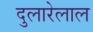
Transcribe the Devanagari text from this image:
दुलारेलाल